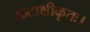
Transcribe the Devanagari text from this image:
कटाक्षीकृतः।